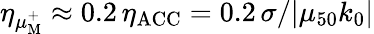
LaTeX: \eta_{\mu_{\mathrm{M}}^{+}}\approx 0.2\, \eta_{\mathrm{ACC}}=0.2\, \sigma/|\mu_{50}k_{0}|